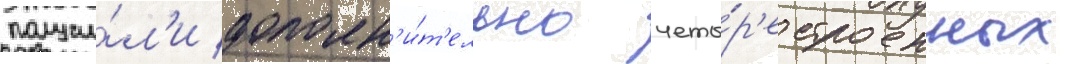
получи́л'и дополн'и́т'ельно четы́р'е строенных